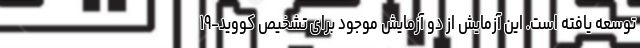
توسعه یافته است. این آزمایش از دو آزمایش موجود برای تشخیص کووید-۱۹